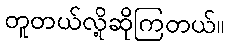
တူတယ်လို့ဆိုကြတယ်။